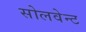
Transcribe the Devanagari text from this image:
सोलवेन्ट